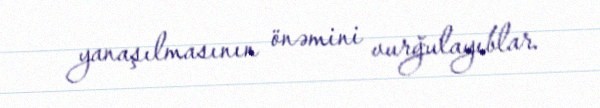
yanaşılmasının önəmini vurğulayıblar.